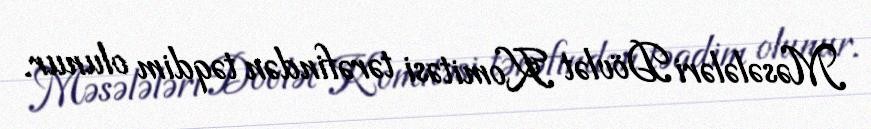
Məsələləri Dövlət Komitəsi tərəfindən təqdim olunur.